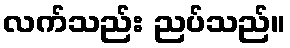
လက်သည်း ညပ်သည်။